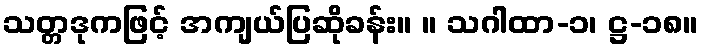
သတ္တဒုကဖြင့် အကျယ်ပြဆိုခန်း။ ။ သဂါထာ-၁၊ ဋ္ဌ-၁၈။